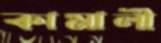
কামালী